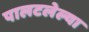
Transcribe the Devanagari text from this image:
पालटलेल्या